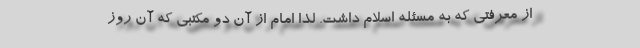
از معرفتی که به مسئله اسلام داشت. لذا امام از آن دو مکتبی که آن روز